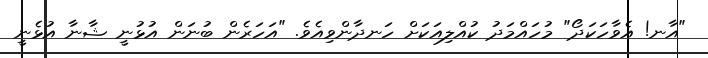
"އާނ! އެވާހަކަދޯ" މުހައްމަދު ކުއްލިއަކަށް ހަނދާންވިއެވެ. "އަހަރެން ބުނަން އުޅުނީ ޝާނާ އުޅެނީ